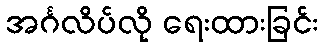
အင်္ဂလိပ်လို ရေးထားခြင်း